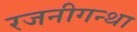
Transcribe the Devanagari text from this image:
रजनीगन्था